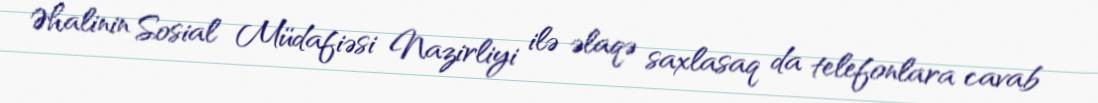
Əhalinin Sosial Müdafiəsi Nazirliyi ilə əlaqə saxlasaq da telefonlara cavab